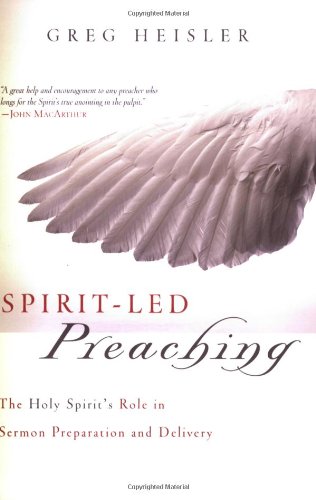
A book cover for Spirit-Led Preaching: The Holy Spirit's Role in Sermon Preparation and Delivery; Greg Heisler; Christian Books & Bibles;